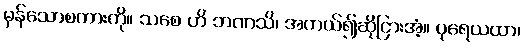
မှန်သောစကားကို။ သစေ ဟိ ဘဏသိ၊ အကယ်၍ဆိုငြားအံ့။ ပုရေယထာ၊